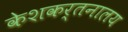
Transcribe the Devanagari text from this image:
केशकर्तनालय